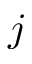
j